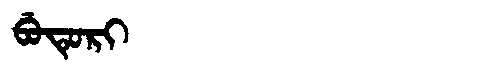
Manchu: ᠪᡠᡨᡠᡵᡳ
Romanization: BUTURI